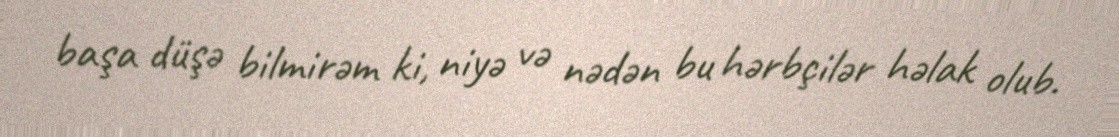
başa düşə bilmirəm ki, niyə və nədən bu hərbçilər həlak olub.